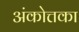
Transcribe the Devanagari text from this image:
अंकोत्तका